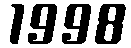
1998